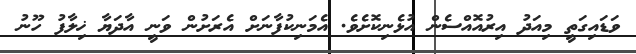
ވަޑައިގަތީ މިއަދު އިރުއޮއްސެން އުޅެނިކޮށެވެ. އެމަނިކުފާނަށް އެރަށުން ވަނީ އާދަޔާ ޚިލާފު ހޫނު